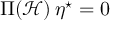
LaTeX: \Pi ( { \mathcal { H } } ) \, \eta ^ { \star } = 0